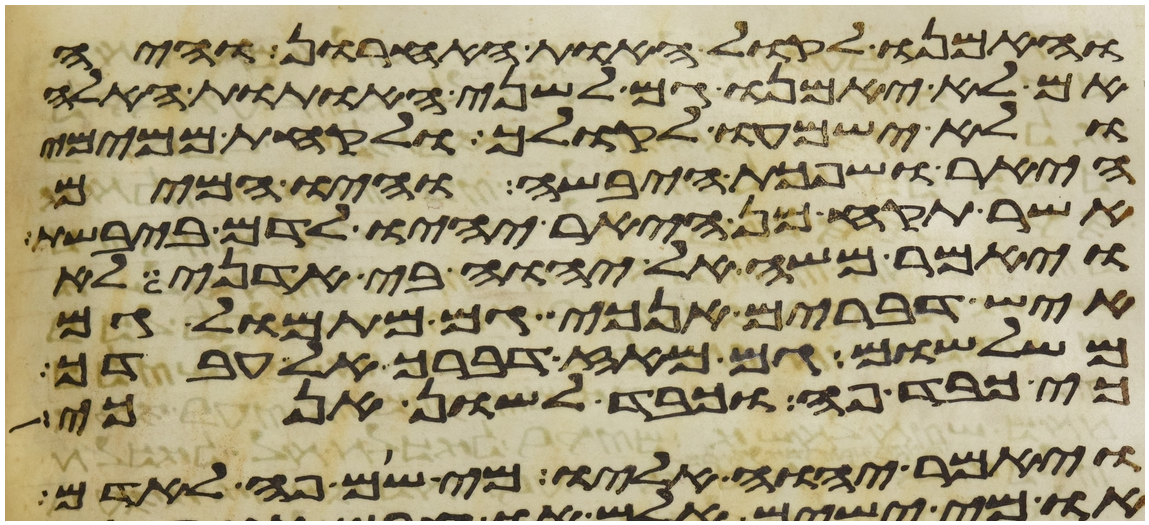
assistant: והאמנו לקול האות האחרון והיה
אם לא יאמנו גם לשני האתות האלה
ולא ישמעו לקולך ולקחת ממימי
היאר ושפכת היבשה והיו המים
אשר תקח מן היאר יהיו לדם ביבשת
ויאמר משה אל יהוה בי אדני לא
איש דברים אנכי גם מתמול גם
משלשום גם מאז דברך אל עבדך
כי כבד פה וכבד לשון אנכי
ויאמר יהוה אליו מי שם פה לאדם